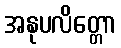
အနုပလိတ္တော